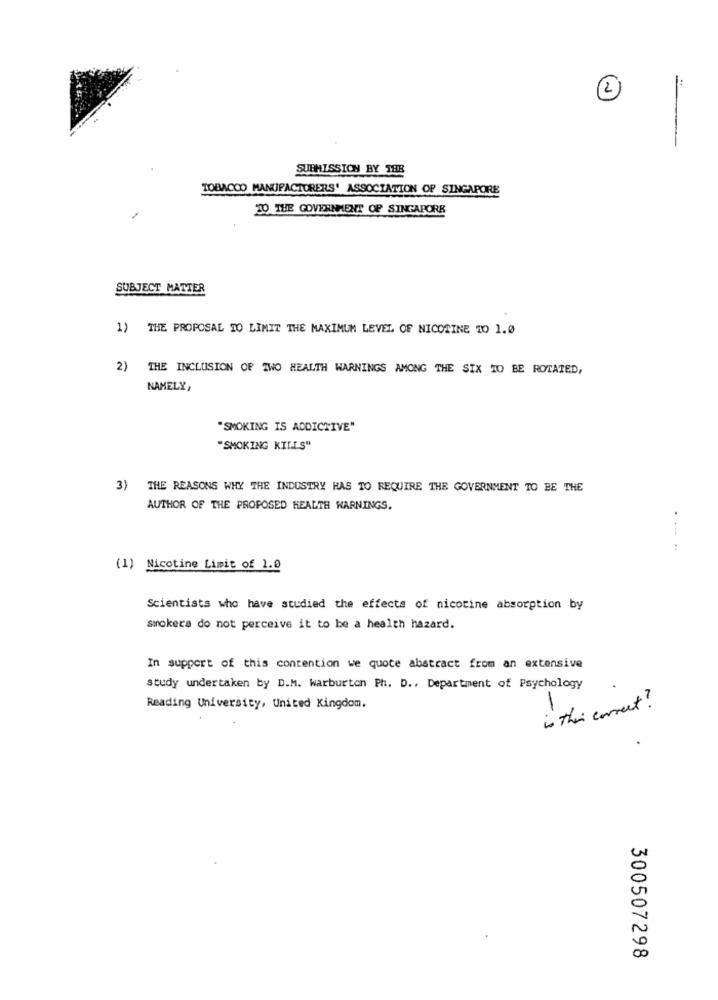
SUBMISSION BY THE
TOBACCO MANUFACTURERS' ASSOCIATION OF SINGAPORE
10 THE GOVERNMENT OF SINGAPORE
SUBJECT MATTER
1) THE PROPOSAL TO LIMIT THE MAXIMUM LEVEL OF NICOTINE TO 1.0
2) THE INCLUSION OF TWO HEALTH WARNINGS AMONG THE SIX TO BE ROTATED,
NAMELY,
"SMOKING IS ADDICTIVE"
"SMOKING KILLS"
3) THE REASONS WHY THE INDUSTRY HAS TO REQUIRE THE GOVERNMENT TO BE THE
AUTHOR OF THE PROPOSED HEALTH WARNINGS.
:
(1) Nicotine Limit of 1.0
Scientists who have studied the effects of nicotine absorption by
smokers do not perceive it to be a health hazard.
In support of this contention we quote abstract from an extensive
study undertaken by D.M. warburton Ph. D ., Department of Psychology
Reading University, United Kingdom.
is their correct ?
0
00
300507298